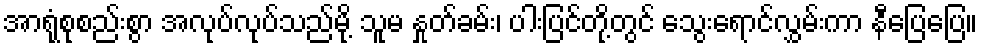
အာရုံစုစည်းစွာ အလုပ်လုပ်သည်မို့ သူမ နှုတ်ခမ်း၊ ပါးပြင်တို့တွင် သွေးရောင်လွှမ်းကာ နီပြေပြေ။